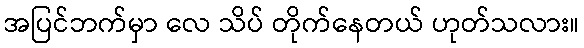
အပြင်ဘက်မှာ လေ သိပ် တိုက်နေတယ် ဟုတ်သလား။